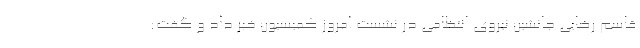
قاسم رضایی جانشین نیروی انتظامی در نشست امروز کمیسیون خبر داد و گفت: